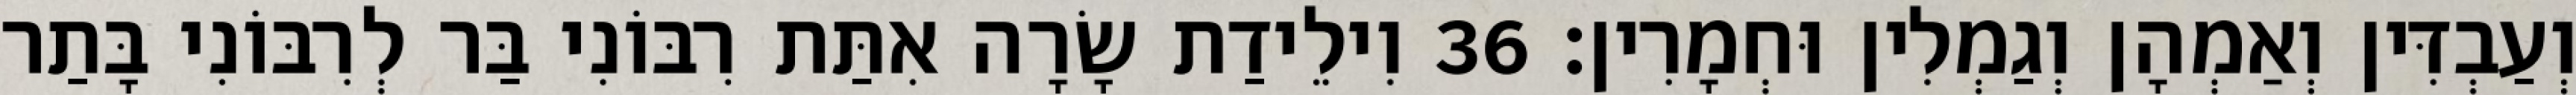
וְעַבְדִּין וְאַמְהָן וְגַמְלִין וּחְמָרִין׃ 36 וִילֵידַת שָׂרָה אִתַּת רִבּוֹנִי בַּר לְרִבּוֹנִי בָּתַר